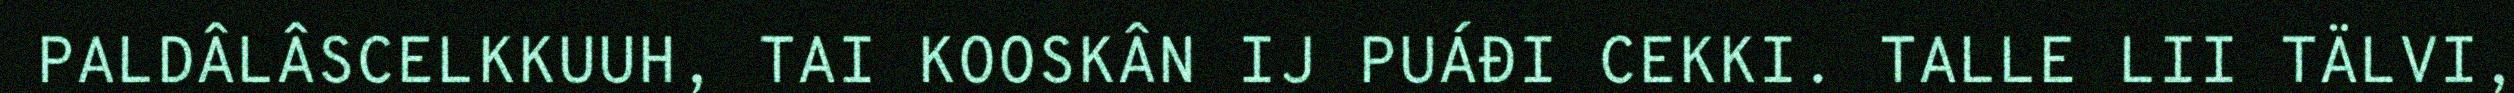
PALDÂLÂSCELKKUUH, TAI KOOSKÂN IJ PUÁĐI CEKKI. TALLE LII TÄLVI,